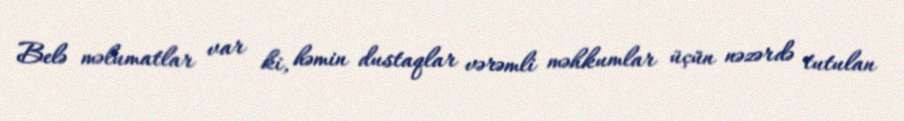
Belə məlumatlar var ki, həmin dustaqlar vərəmli məhkumlar üçün nəzərdə tutulan